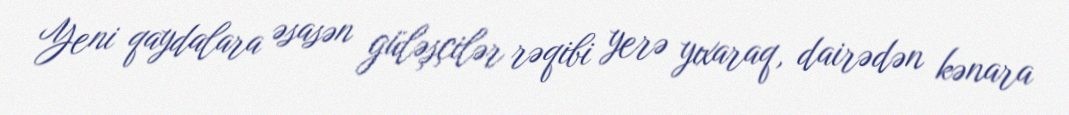
Yeni qaydalara əsasən güləşçilər rəqibi yerə yıxaraq, dairədən kənara